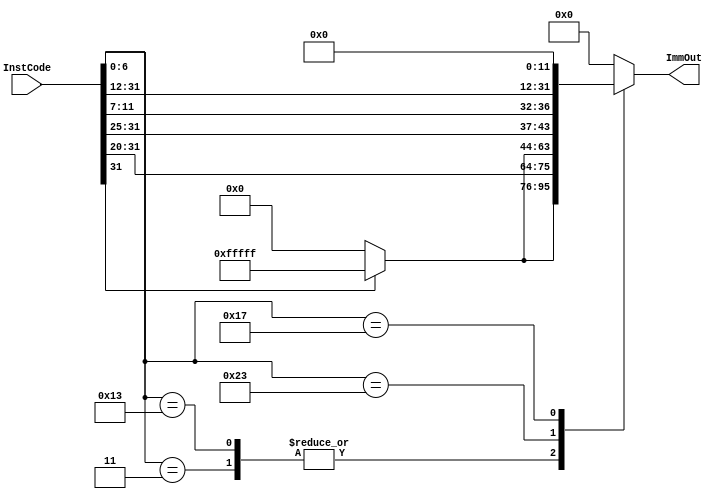
`timescale 1ns / 1ps
//////////////////////////////////////////////////////////////////////////////////
// Engineers:      Allan Montalvo, Lenin Munoz, Omar Aquino Pineda
// 
// Module Name:    ImmGen
// Project Name:   This Immidiate Generator will generate the immidiate value
//                 based on the intruction code.
//////////////////////////////////////////////////////////////////////////////////

module ImmGen( InstCode, ImmOut  );

    // Initialize input, output, register
    input [31:0] InstCode;
    output [31:0] ImmOut;
    
    reg [31:0] ImmOut;
    
    // always occur on InstCode
    always@(InstCode) begin
        // Case statement that will generate the immidiate value based on the intruction code
        case(InstCode[6:0])
            // Immidiate 
            7'b0000011 : ImmOut = {InstCode[31] ? {20{1'b1}} : 20'b0, InstCode[31:20]};
            // Immidiate addition
            7'b0010011 : ImmOut = {InstCode[31] ? {20{1'b1}} : 20'b0, InstCode[31:20]};
            // Immidiate 
            7'b0100011 : ImmOut = {InstCode[31] ? {20{1'b1}} : 20'b0, InstCode[31:25], InstCode[11:7]};
            // Immidiate
            7'b0010111 : ImmOut = {InstCode[31:12], 12'b0};
            default : ImmOut = 32'b0;
        endcase
    end 
    
endmodule